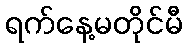
ရက်နေ့မတိုင်မီ